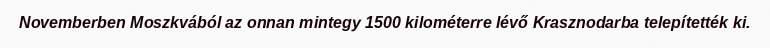
Novemberben Moszkvából az onnan mintegy 1500 kilométerre lévő Krasznodarba telepítették ki.